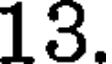
13.